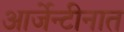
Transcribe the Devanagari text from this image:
आर्जेन्टीनात